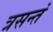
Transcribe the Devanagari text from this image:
त्रसन्तं